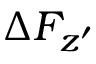
\Delta F _ { z ^ { \prime } }